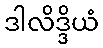
ဒါလိဒ္ဒိယံ